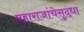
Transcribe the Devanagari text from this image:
महाराजांचेसुद्धा